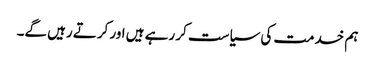
ہم خدمت کی سیاست کر رہے ہیں اور کرتے رہیں گے۔